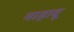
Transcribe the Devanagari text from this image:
माहादू